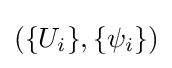
(\{U_{i}\},\{\psi _{i}\})